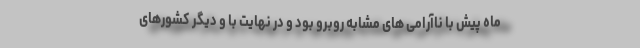
ماه پیش با ناآرامی های مشابه روبرو بود و در نهایت با و دیگر کشورهای